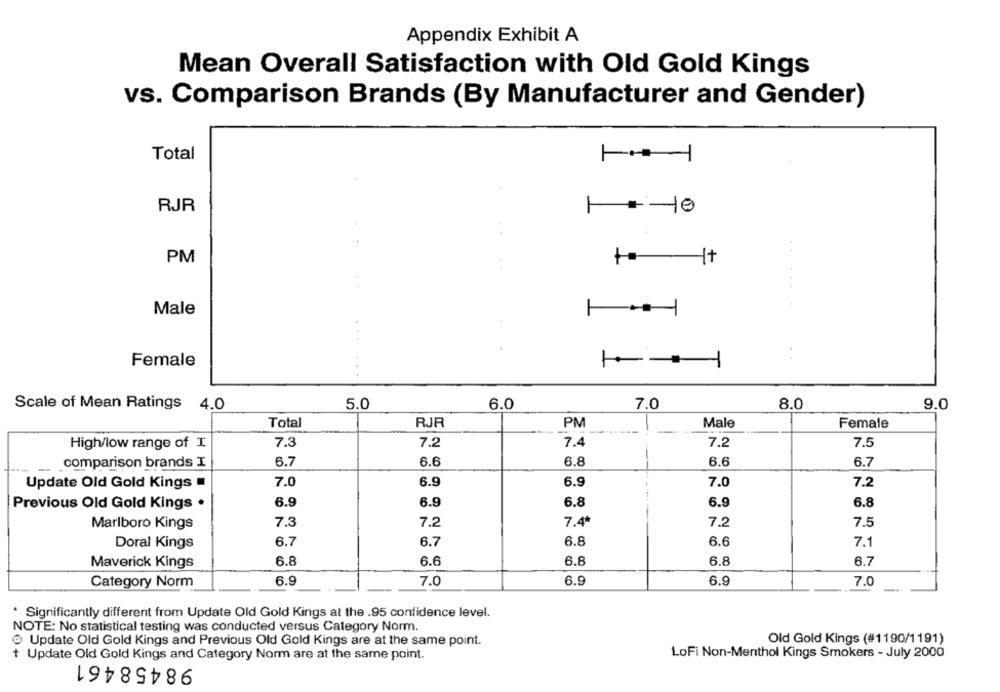
Appendix Exhibit A
Mean Overall Satisfaction with Old Gold Kings
vs. Comparison Brands (By Manufacturer and Gender)
Total
RJR
1 10
PM
+ It
Male
:
Female
Scale of Mean Ratings 4.0
5.0
6.0
7.0
8.0
9.0
Total
RJR
PM
Male
Female
7.
7.2
7.4
7.5
High/low range of I
7.2
comparison brands I
6.7
6.6
6.8
6.6
6.7
-- -
Update Old Gold Kings
7.0
6.9
6.9
7.0
7.2
Previous Old Gold Kings .
6.9
6.9
6.8
6.9
6.8
Marlboro Kings
7.3
7.2
7.4*
7.2
7.5
Doral Kings
6.7
6.7
6.8
6.6
7.1
6.8
6.8
Maverick Kings
6.6
6.8
6.7
6.9
Category Norm
7.0
6.9
6.9
7.0
* Significantly different from Update Old Gold Kings at the .95 confidence level.
NOTE: No statistical testing was conducted versus Category Norm.
Update Old Gold Kings and Previous Old Gold Kings are at the same point.
Old Gold Kings (#1190/1191)
+ Update Old Gold Kings and Category Norm are at the same point.
98458461
LoFi Non-Menthol Kings Smokers - July 2000